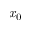
x _ { 0 }